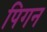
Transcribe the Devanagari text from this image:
पिगन